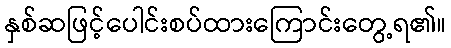
နှစ်ဆဖြင့်ပေါင်းစပ်ထားကြောင်းတွေ့ရ၏။